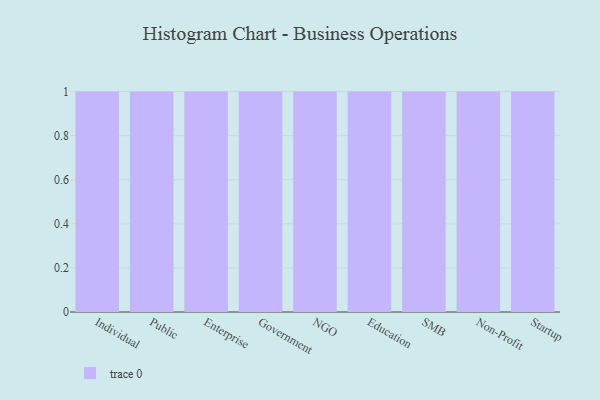
{"axis": {"x": "Segment", "y": "Bounce Rate (%)"}, "legend": [""], "data": [{"x": "Individual", "y": 89, "type": ""}, {"x": "Public", "y": 92, "type": ""}, {"x": "Enterprise", "y": 60, "type": ""}, {"x": "Government", "y": 2, "type": ""}, {"x": "NGO", "y": 3, "type": ""}, {"x": "Education", "y": 48, "type": ""}, {"x": "SMB", "y": 81, "type": ""}, {"x": "Non-Profit", "y": 90, "type": ""}, {"x": "Startup", "y": 5, "type": ""}]}